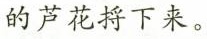
的芦花捋下来。